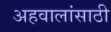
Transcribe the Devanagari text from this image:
अहवालांसाठी